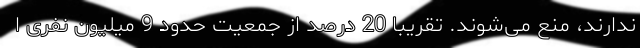
ندارند، منع می‌شوند. تقریبا 20 درصد از جمعیت حدود 9 میلیون نفری ا